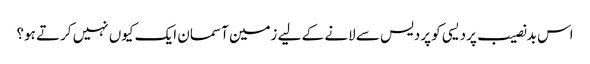
اس بدنصیب پردیسی کو پردیس سے لانے کے لیے زمین آسمان ایک کیوں نہیں کرتے ہو؟